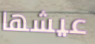
عيشها